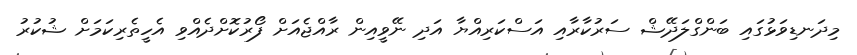
މިދަނޑިވަޅުގައި ބަންގްލަދޭޝް ސަރުކާރާއި އަސްކަރިއްޔާ އަދި ނޭވީއިން ރާއްޖެއަށް ފޯރުކޮށްދެއްވި އެހީތެރިކަމަށް ޝުކުރު